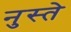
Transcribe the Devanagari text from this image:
नुस्ते